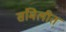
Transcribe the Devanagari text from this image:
संमिलीत